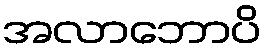
အလာဘောပိ